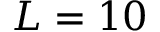
L = 1 0